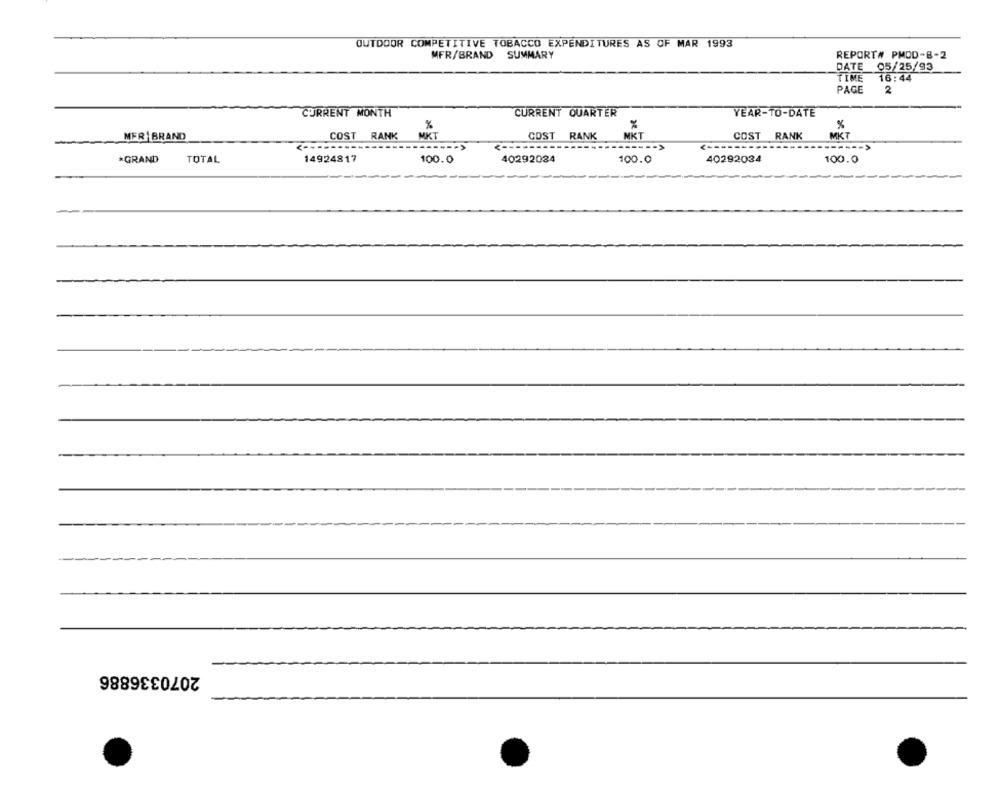
OUTDOOR COMPETITIVE TOBACCO EXPENDITURES AS OF MAR 1993
MFR/BRAND
SUMMARY
REPORT# PMOD-8-2
DATE 05/25/93
TIME
16:44
PAGE
2
CURRENT MONTH
CURRENT QUARTER
YEAR-TO-DATE
%
%
MER BRAND
COST RANK
MKT
COST RANK
MKT
COST RANK
MKT
------- >
3 --------
------ >
*GRAND
TOTAL
14924817
40292024
100.0
40292034
100.0
100.0
2070336886